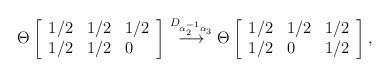
LaTeX: \begin{align*}\Theta \left[ \begin{array}{lll}1/2 & 1/2 & 1/2 \\1/2 & 1/2 & 0\end{array} \right ]\stackrel {D_{\alpha_2 ^{-1} \alpha _3}} {\longrightarrow} \Theta \left[\begin{array}{lll}1/2 & 1/2 & 1/2 \\1/2 & 0 & 1/2\end{array} \right ],\end{align*}